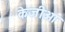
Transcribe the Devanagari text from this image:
केजीओ